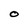
Character: O